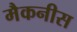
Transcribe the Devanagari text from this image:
मैकनीस